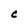
Character: C